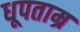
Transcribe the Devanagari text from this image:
धूपताम्र